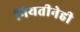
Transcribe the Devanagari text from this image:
नियतीनेही